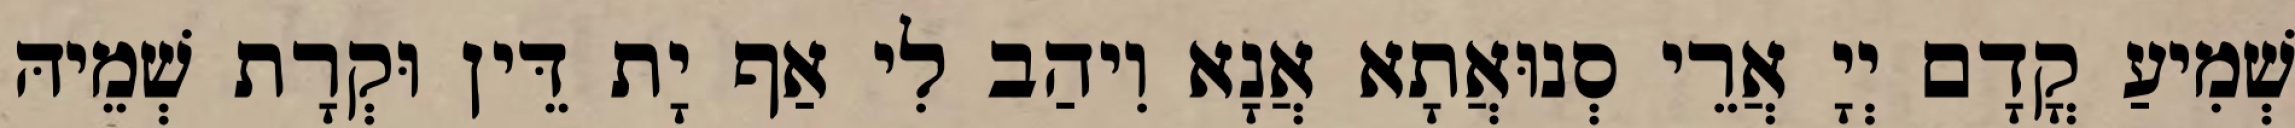
שְׁמִיעַ קֳדָם יְיָ אֲרֵי סְנוּאֲתָא אֲנָא וִיהַב לִי אַף יָת דֵּין וּקְרָת שְׁמֵיהּ